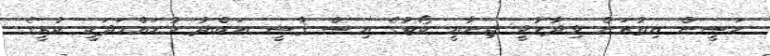
ހަސީން އިތުރަށް ވިދާޅުވީ ޖިނާޢީ ކޯޓުގެ އިސް ޤާޟީ ޢަބްދު މުޙައްމަދަކީ ކުރީގެ